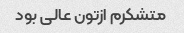
متشکرم ازتون عالی بود